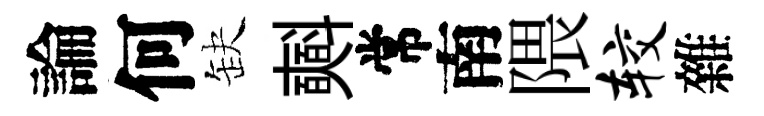
論何缺𣂏常南隈较雜